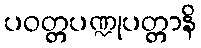
ပဝတ္တပဏ္ဍုပတ္တာနိ